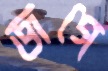
জগে